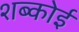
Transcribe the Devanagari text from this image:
शब्कोई